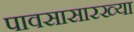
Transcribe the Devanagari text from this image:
पावसासारख्या